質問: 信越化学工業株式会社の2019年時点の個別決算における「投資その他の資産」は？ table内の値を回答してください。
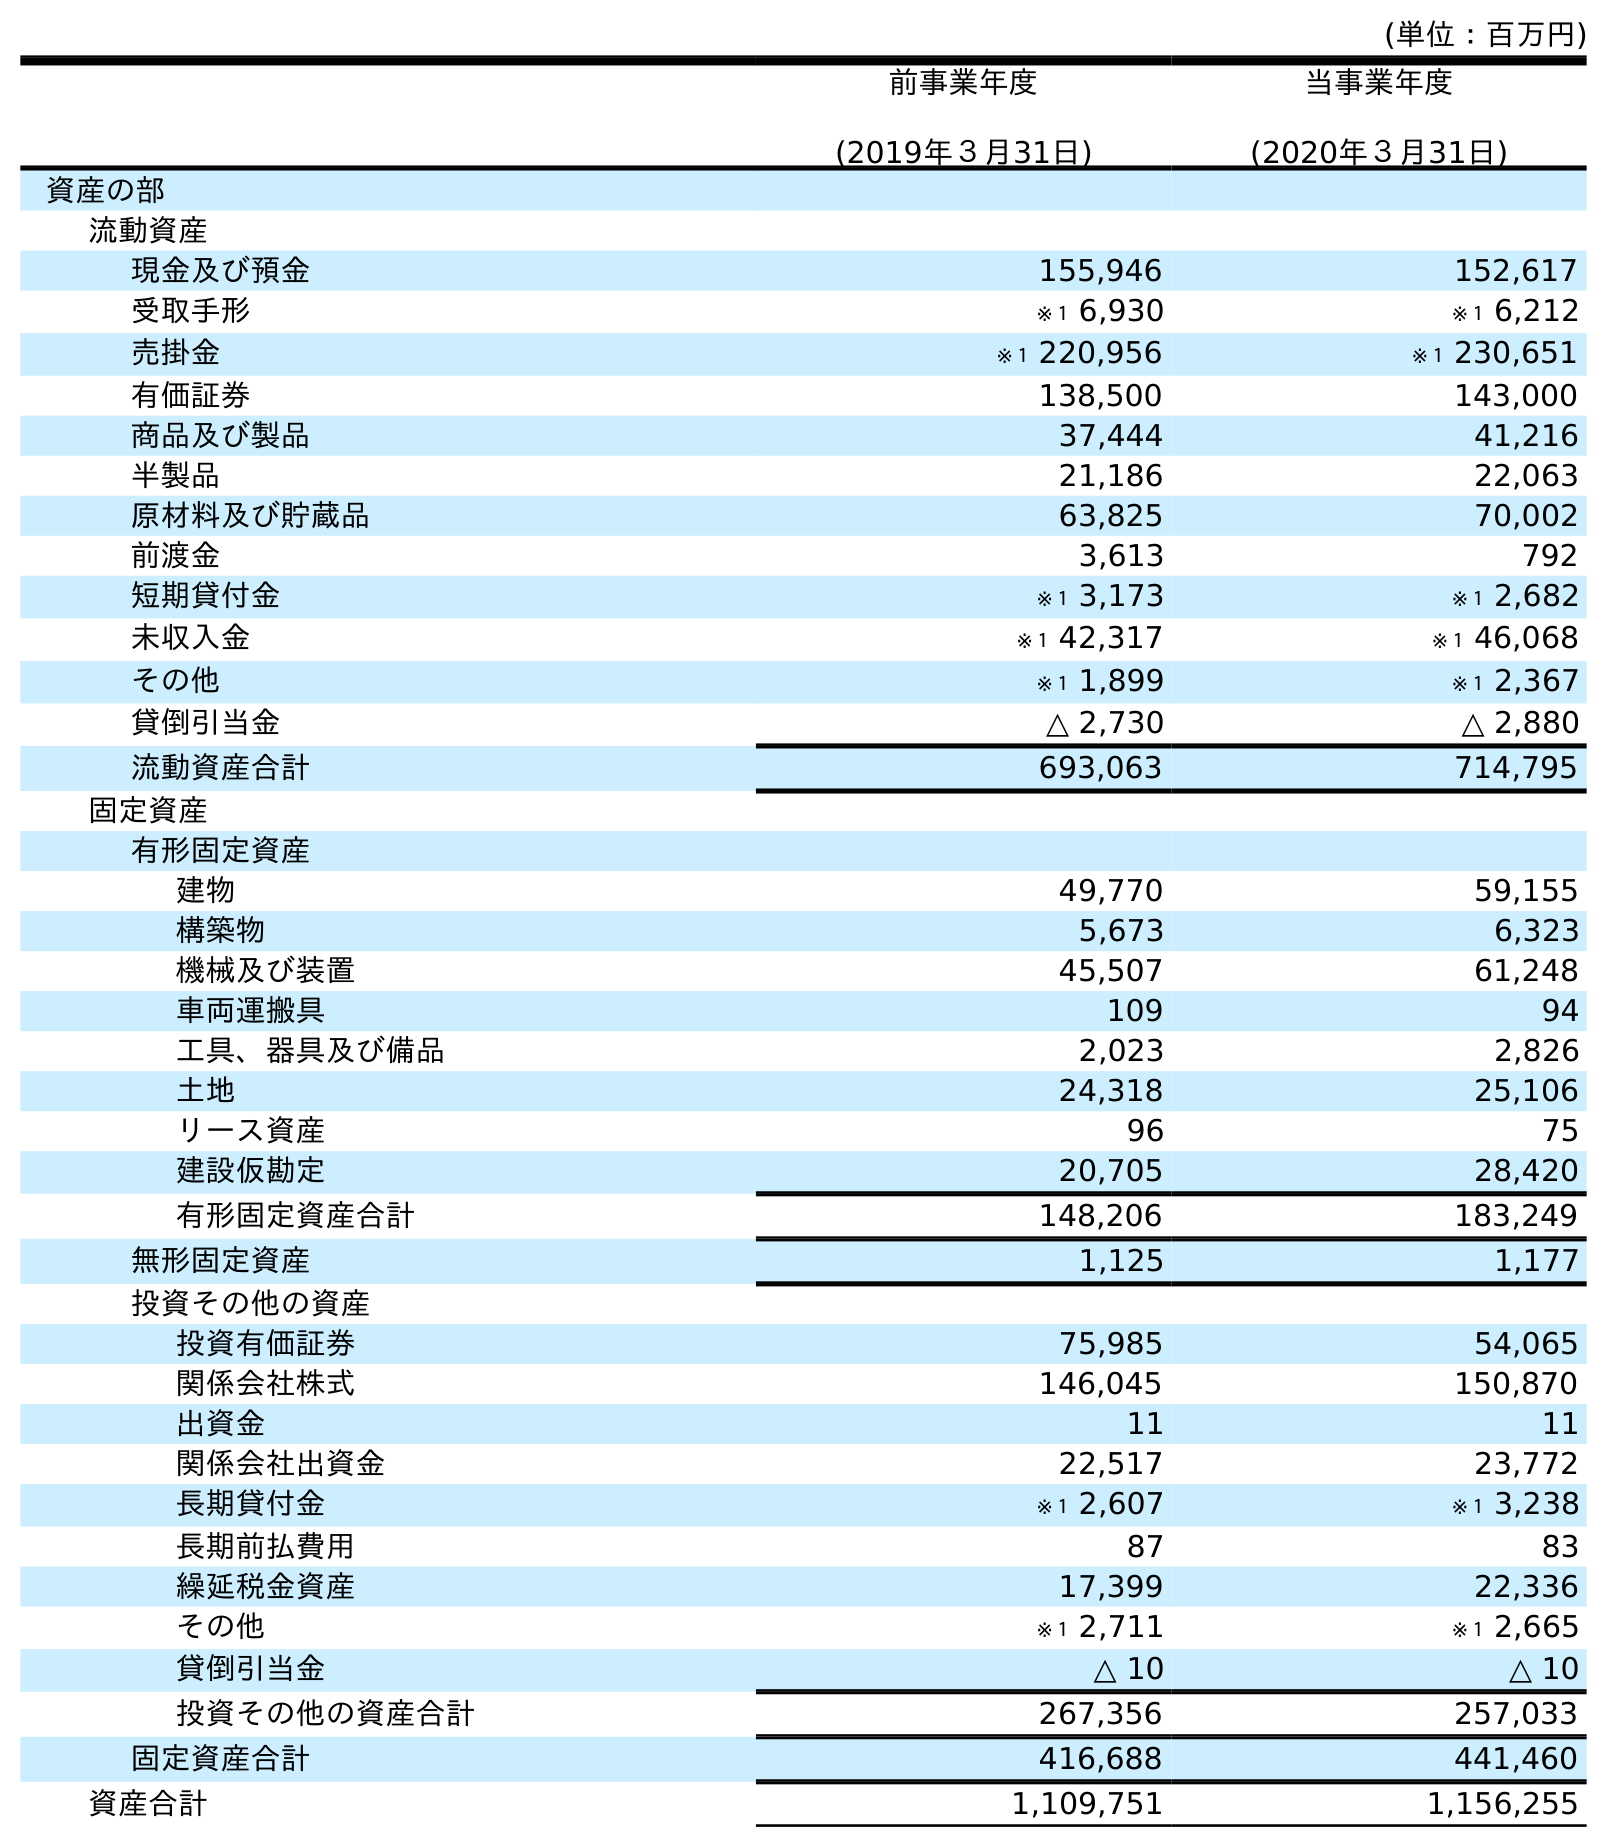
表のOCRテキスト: (単位：百万円) 前事業年度 (2019年３月31日) 当事業年度 (2020年３月31日) 資産の部 流動資産 現金及び預金 155,946 152,617 受取手形 ※１ 6,930 ※１ 6,212 売掛金 ※１ 220,956 ※１ 230,651 有価証券 138,500 143,000 商品及び製品 37,444 41,216 半製品 21,186 22,063 原材料及び貯蔵品 63,825 70,002 前渡金 3,613 792 短期貸付金 ※１ 3,173 ※１ 2,682 未収入金 ※１ 42,317 ※１ 46,068 その他 ※１ 1,899 ※１ 2,367 貸倒引当金 △ 2,730 △ 2,880 流動資産合計 693,063 714,795 固定資産 有形固定資産 建物 49,770 59,155 構築物 5,673 6,323 機械及び装置 45,507 61,248 車両運搬具 109 94 工具、器具及び備品 2,023 2,826 土地 24,318 25,106 リース資産 96 75 建設仮勘定 20,705 28,420 有形固定資産合計 148,206 183,249 無形固定資産 1,125 1,177 投資その他の資産 投資有価証券 75,985 54,065 関係会社株式 146,045 150,870 出資金 11 11 関係会社出資金 22,517 23,772 長期貸付金 ※１ 2,607 ※１ 3,238 長期前払費用 87 83 繰延税金資産 17,399 22,336 その他 ※１ 2,711 ※１ 2,665 貸倒引当金 △ 10 △ 10 投資その他の資産合計 267,356 257,033 固定資産合計 416,688 441,460 資産合計 1,109,751 1,156,255
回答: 267,356